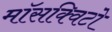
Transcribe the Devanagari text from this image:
माॅसक्विटो